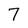
Character: 7